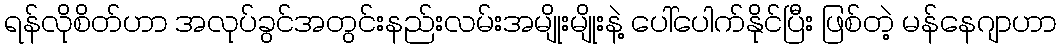
ရန်လိုစိတ်ဟာ အလုပ်ခွင်အတွင်းနည်းလမ်းအမျိုးမျိုးနဲ့ ပေါ်ပေါက်နိုင်ပြီး ဖြစ်တဲ့ မန်နေဂျာဟာ